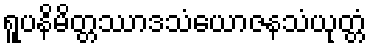
ရူပနိမိတ္တဿာဒသံယောဇနသံယုတ္တံ